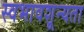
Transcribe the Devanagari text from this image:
स्वभावशून्यता